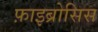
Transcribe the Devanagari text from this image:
फ़ाइब्रोसिस